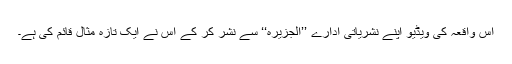
اس واقعہ کی ویڈیو اپنے نشریاتی ادارے ’’الجزیرہ‘‘ سے نشر کر کے اس نے ایک تازہ مثال قائم کی ہے۔